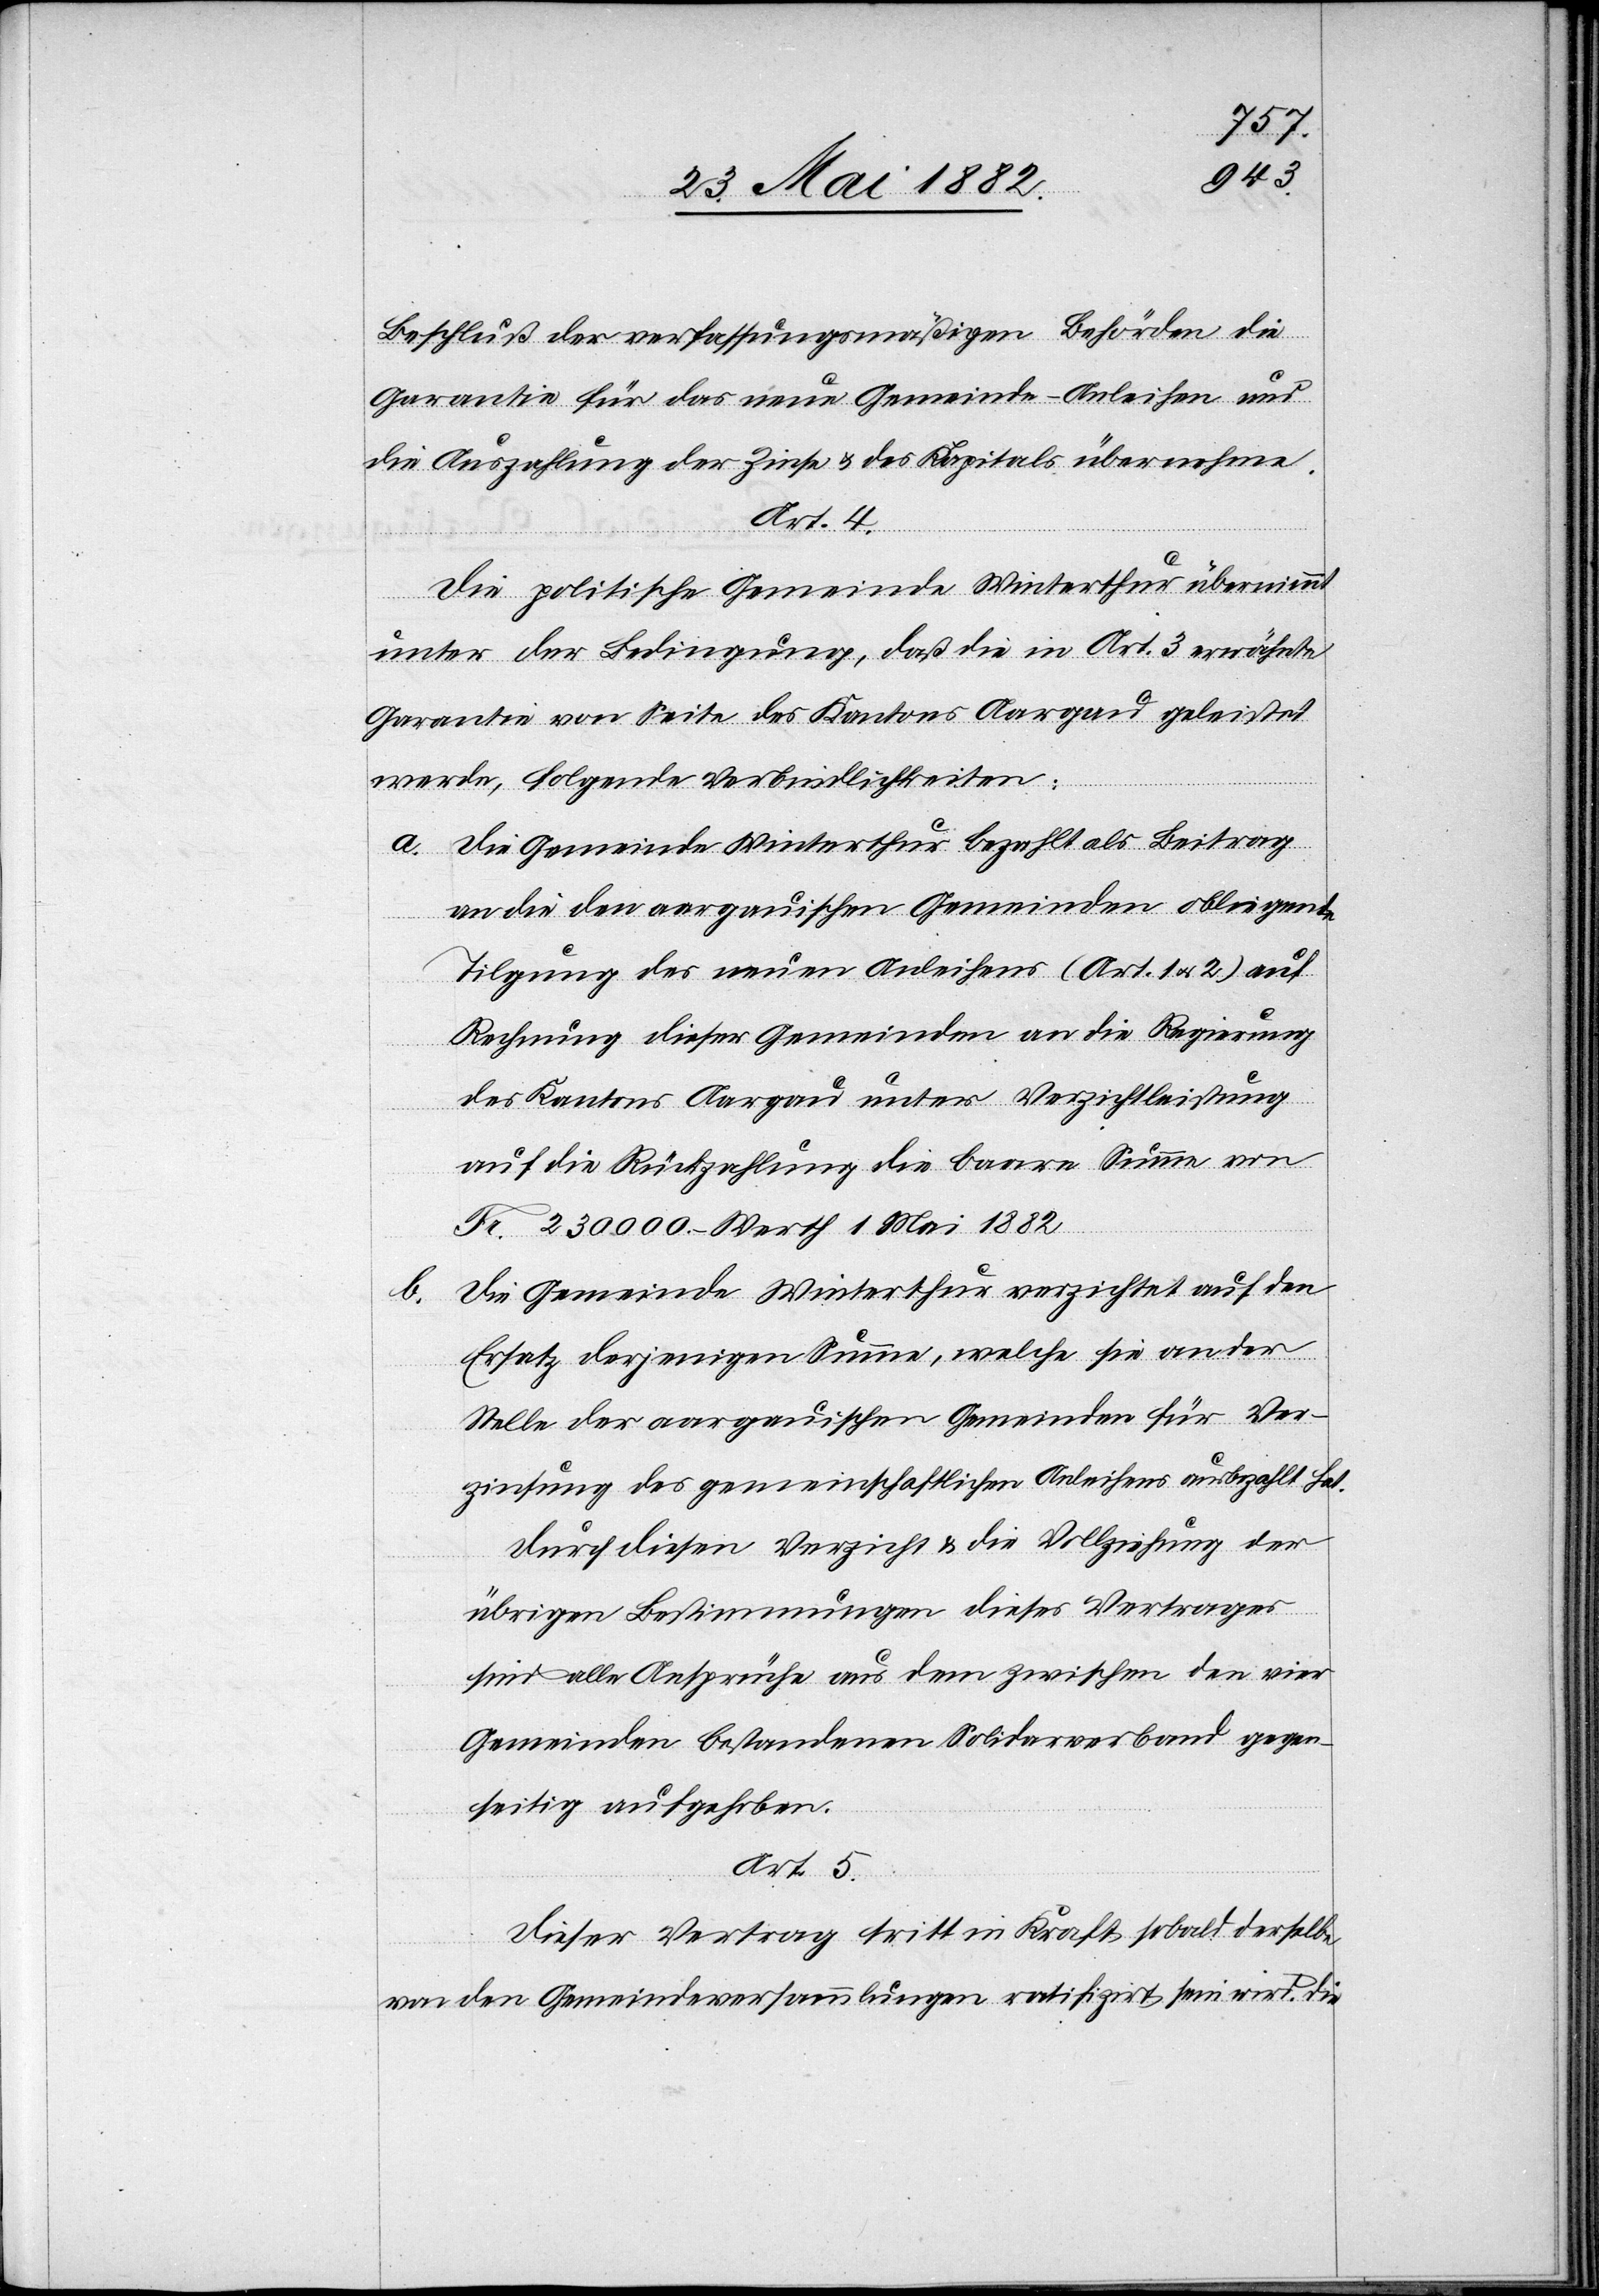
b.

Beschluß der verfassungsmäßigen Behörden die
Garantie für das neue Gemeinde-Anleihen und
die Auszahlung der Zinse & des Kapitals übernehme.
Art. 4.
Die politische Gemeinde Winterthur übernimmt
unter der Bedingung, daß die in Art. 3 erwähnte
Garantie von Seite des Kantons Aargau geleistet
werde, folgende Verbindlichkeiten:
a. Die Gemeinde Winterthur bezahlt als Beitrag
an die den aargauischen Gemeinden obliegende
Tilgung des neuen Anleihens (Art. 1 u. 3) auf
Rechnung dieser Gemeinden an die Regierung
des Kantons Aargau unter Verzichtleistung
auf die Rückzahlung die baare Summe von
Fr. 230 000.– Werth 1. Mai 1882.
Die Gemeinde Winterthur verzichtet auf den
Ersatz derjenigen Summe, welche sie an der
Stelle der aargauischen Gemeinde für Ver¬
zinsung des gemeinschaftlichen Anleihens ausbezahlt hat.
Durch diesen Verzicht & die Vollziehung der
übrigen Bestimmungen dieses Vertrages
sind alle Ansprüche aus dem zwischen den vier
Gemeinden bestandenen Solidarverband gegen¬
seitig aufgehoben.
Art. 5.
Dieser Vertrag tritt in Kraft, sobald derselbe
von den Gemeindeversammlungen ratifizirt sein wird. Die